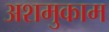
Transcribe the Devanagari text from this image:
अशमुकाम